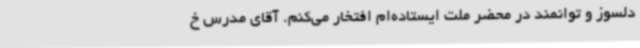
دلسوز و توانمند در محضر ملت ایستاده‌ام افتخار می‌کنم. آقای مدرس خ